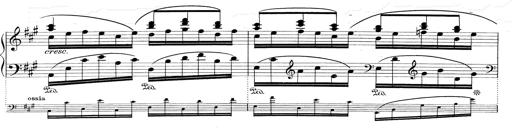
Title: RÃ©miniscences de Don Juan
Composer: Franz Liszt